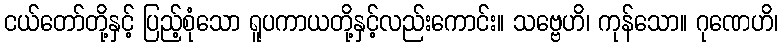
ငယ်တော်တို့နှင့် ပြည့်စုံသော ရူပကာယတို့နှင့်လည်းကောင်း။ သဗ္ဗေဟိ၊ ကုန်သော။ ဂုဏေဟိ၊